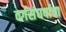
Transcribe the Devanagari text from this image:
वर्गसंघर्षाचा